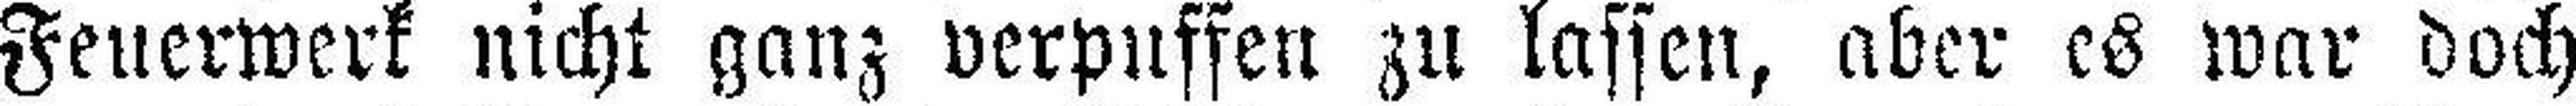
Feuerwerk nicht ganz verpuffen zu lassen, aber es war doch